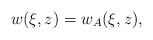
LaTeX: \begin{align*} & w(\xi,z)=w_A(\xi,z),\end{align*}